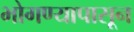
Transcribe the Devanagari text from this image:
भोगण्यापासून